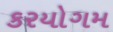
કરયોગમ